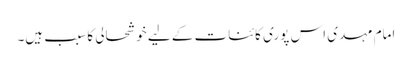
امام مہدی اس پوری کائنات کے لیے خوشحالی کا سبب ہیں۔